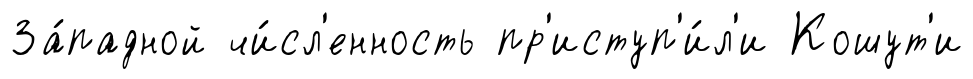
За́падной чи́сл'енность пр'иступ'и́л'и Кошут'и